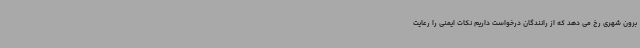
برون شهری رخ می دهد که از رانندگان درخواست داریم نکات ایمنی را رعایت